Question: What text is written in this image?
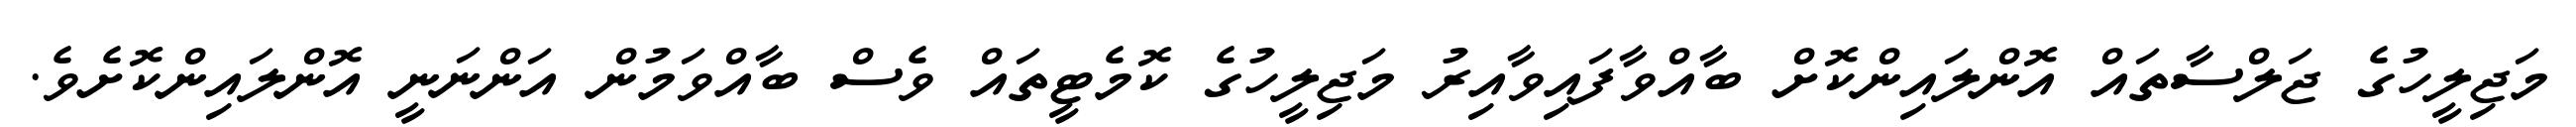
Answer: މަޖިލީހުގެ ޖަލްސާތައް އޮންލައިންކޮށް ބާއްވާފައިވާއިރު މަޖިލީހުގެ ކޮމެޓީތައް ވެސް ބާއްވަމުން އަންނަނީ އޮންލައިންކޮށެވެ.